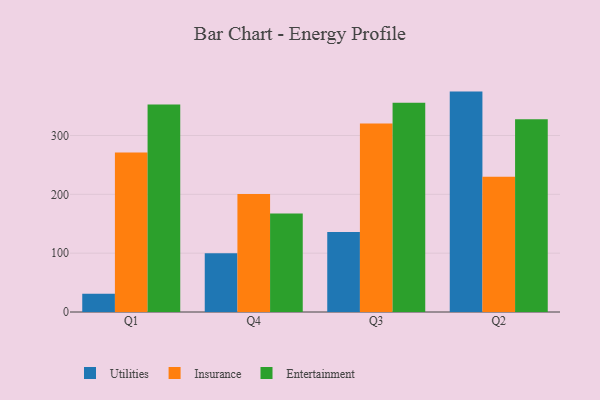
{"axis": {"x": "Quarter", "y": "Conversion Rate (%)"}, "legend": ["Entertainment", "Insurance", "Utilities"], "data": [{"x": "Q1", "y": 31.0, "type": "Utilities"}, {"x": "Q1", "y": 271.2, "type": "Insurance"}, {"x": "Q1", "y": 352.7, "type": "Entertainment"}, {"x": "Q4", "y": 99.8, "type": "Utilities"}, {"x": "Q4", "y": 200.6, "type": "Insurance"}, {"x": "Q4", "y": 167.6, "type": "Entertainment"}, {"x": "Q3", "y": 135.8, "type": "Utilities"}, {"x": "Q3", "y": 320.4, "type": "Insurance"}, {"x": "Q3", "y": 355.8, "type": "Entertainment"}, {"x": "Q2", "y": 374.6, "type": "Utilities"}, {"x": "Q2", "y": 229.9, "type": "Insurance"}, {"x": "Q2", "y": 327.5, "type": "Entertainment"}]}